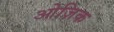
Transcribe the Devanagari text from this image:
ओज़िक